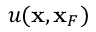
u ( { { \bf x } } , { \bf x } _ { F } )